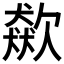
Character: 𣤛